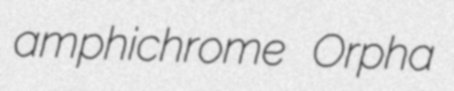
amphichrome Orpha